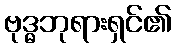
ဗုဒ္ဓဘုရားရှင်၏